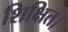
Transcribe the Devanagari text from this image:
शिक्षित।